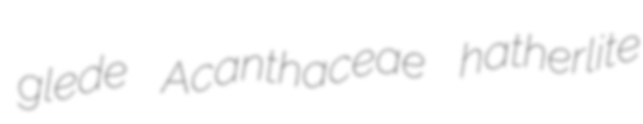
glede Acanthaceae hatherlite